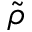
\tilde { \rho }